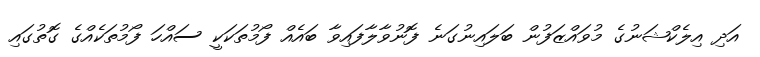
އަދި އިލެކްޝަނުގެ މުވައްޒަފުން ބަލައިނުގަނެ ފޮނުވާލާފައިވާ ބައެއް ފޯމުތަކަކީ ސައްހަ ފޯމުތަކެއްގެ ގޮތުގައި